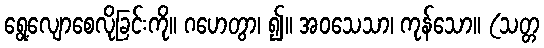
ရွေ့လျောစေလိုခြင်းကို။ ဂဟေတွာ၊ ၍။ အဝသေသာ၊ ကုန်သော။ (သတ္တ